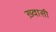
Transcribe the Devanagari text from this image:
ख़्वासी